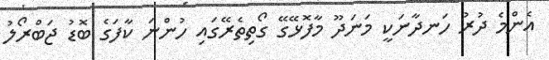
އެންމެ ދުރު ހަނދާނަކީ މަނަދޫ މާފޮޅޭގޭ ގޯތިތެރޭގައި ހުންނަ ކާފަގެ ބޮޑު ޖަބްރޯލު